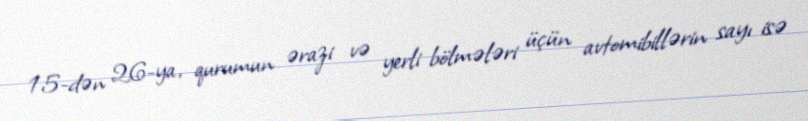
15-dən 26-ya, qurumun ərazi və yerli bölmələri üçün avtomibillərin sayı isə